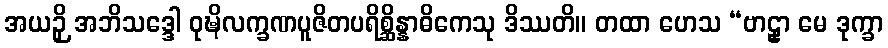
အယဉှိ အဘိသဒ္ဒေါ ဝုဍ္ဎိလက္ခဏပူဇိတပရိစ္ဆိန္နာဓိကေသု ဒိဿတိ။ တထာ ဟေသ “ဗာဠှာ မေ ဒုက္ခာ